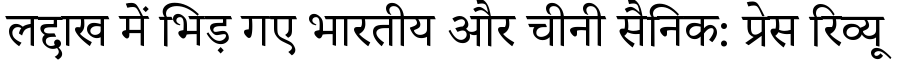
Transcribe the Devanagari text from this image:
लद्दाख में भिड़ गए भारतीय और चीनी सैनिक: प्रेस रिव्यू